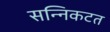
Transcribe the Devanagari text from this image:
सन्निकटत